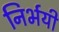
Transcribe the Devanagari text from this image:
निर्भयी